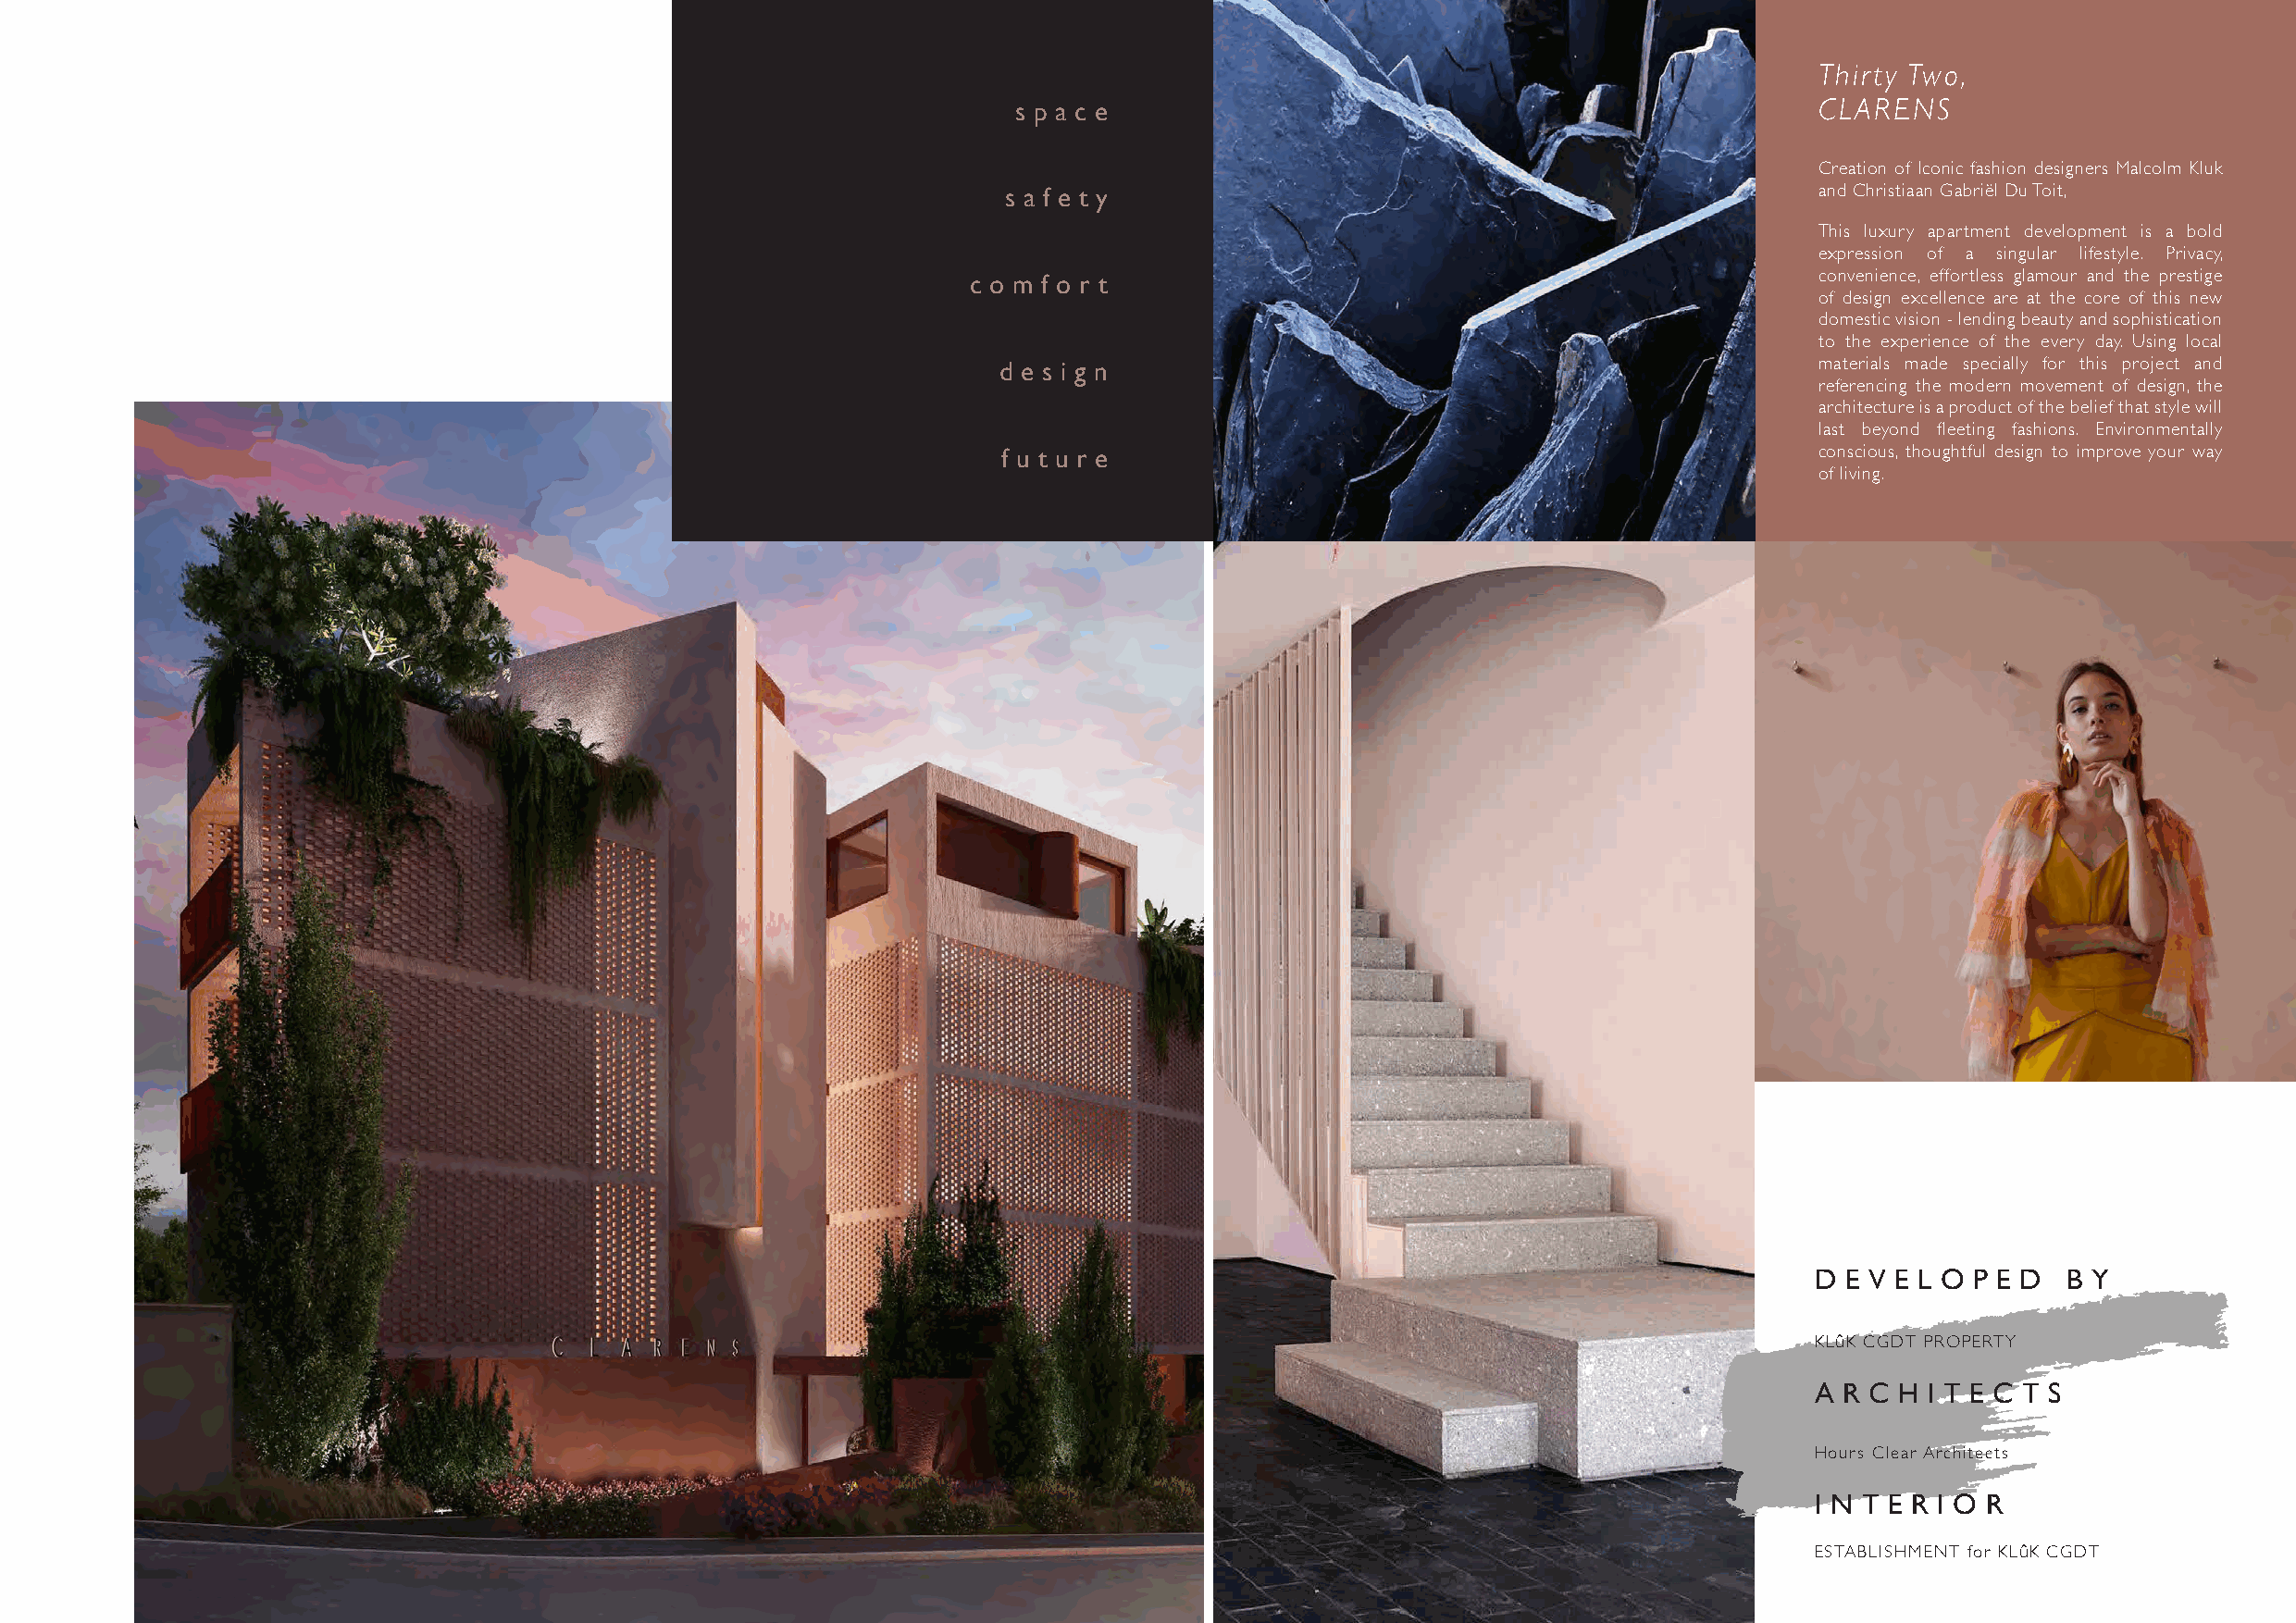
Thirty Two,
 s p a c e                                                CLARENS
 Creation of Iconic fashion designers Malcolm Kluk
 s a f e t y                                               and Christiaan Gabriël Du Toit,
 This luxury apartment development is a bold
 expression of a singular lifestyle. Privacy,
 c o m f o r t                                                convenience, effortless glamour and the prestige
 of design excellence are at the core of this new
 domestic vision - lending beauty and sophistication
 to the experience of the every day. Using local
 d e s i g n                                                materials made specially for this project and
 referencing the modern movement of design, the
 architecture is a product of the belief that style will
 last beyond fleeting fashions. Environmentally
 f u t u r e                                               conscious, thoughtful design to improve your way
 of living.
 D E V E L O P E D B Y
 KLûK CGDT PROPERTY
 A R C H I T E C T S
 Hours Clear Architects
 I N T E R I O R
 ESTABLISHMENT for KLûK CGDT